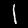
Digit: 1